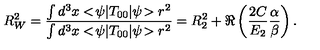
R _ { W } ^ { 2 } = { \frac { \int d ^ { 3 } x < \! \psi | T _ { 0 0 } | \psi \! > r ^ { 2 } } { \int d ^ { 3 } x < \! \psi | T _ { 0 0 } | \psi \! > r ^ { 2 } } } = R _ { 2 } ^ { 2 } + \Re \left( { \frac { 2 C } { E _ { 2 } } } { \frac { \alpha } { \beta } } \right) .